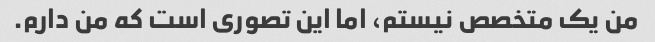
من یک متخصص نیستم، اما این تصوری است که من دارم.